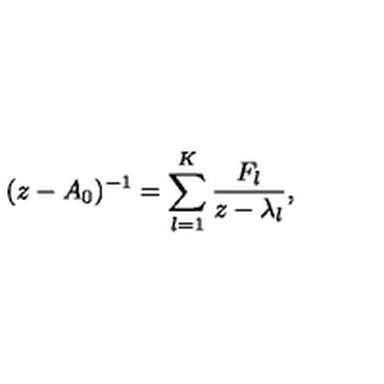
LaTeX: ( z - A _ { 0 } ) ^ { - 1 } = \sum _ { l = 1 } ^ { K } \frac { F _ { l } } { z - \lambda _ { l } } ,